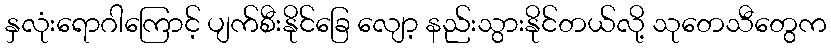
နှလုံးရောဂါကြောင့် ပျက်စီးနိုင်ခြေ လျော့ နည်းသွားနိုင်တယ်လို့ သုတေသီတွေက